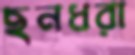
ছনধরা